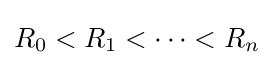
R_{0}<R_{1}<\dots <R_{n}